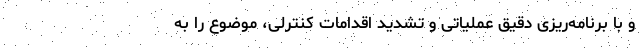
و با برنامه‌ریزی دقیق عملیاتی و تشدید اقدامات کنترلی، موضوع را به